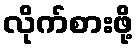
လိုက်စားဖို့